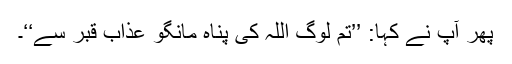
پھر آپ نے کہا: ’’تم لوگ اللہ کی پناہ مانگو عذاب قبر سے‘‘۔